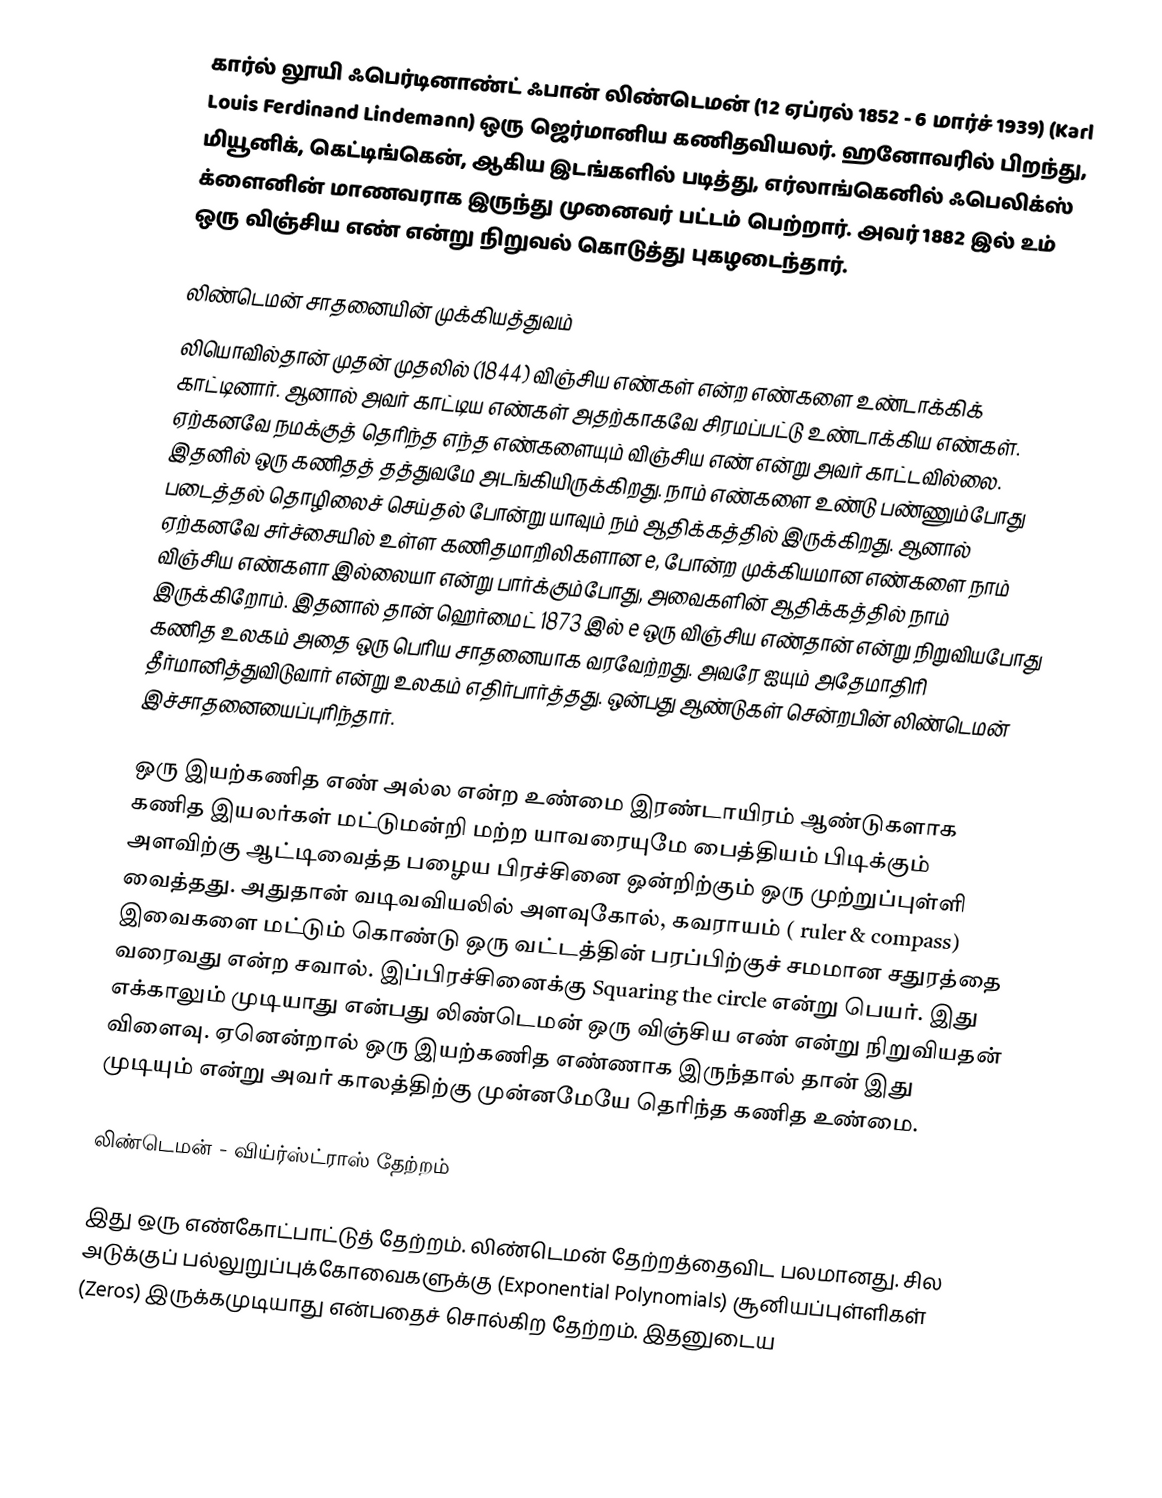
கார்ல் லூயி ஃபெர்டினாண்ட் ஃபான் லிண்டெமன் (12 ஏப்ரல் 1852 - 6 மார்ச் 1939) (Karl Louis Ferdinand Lindemann) ஒரு ஜெர்மானிய கணிதவியலர். ஹனோவரில் பிறந்து, மியூனிக், கெட்டிங்கென், ஆகிய இடங்களில் படித்து, எர்லாங்கெனில்  ஃபெலிக்ஸ் க்ளைனின் மாணவராக இருந்து  முனைவர் பட்டம் பெற்றார். அவர்  1882 இல் உம் ஒரு விஞ்சிய எண் என்று நிறுவல் கொடுத்து  புகழடைந்தார்.

லிண்டெமன் சாதனையின்  முக்கியத்துவம்
லியொவில்தான் முதன் முதலில் (1844) விஞ்சிய எண்கள் என்ற எண்களை உண்டாக்கிக் காட்டினார். ஆனால் அவர் காட்டிய எண்கள் அதற்காகவே சிரமப்பட்டு உண்டாக்கிய எண்கள். ஏற்கனவே நமக்குத் தெரிந்த எந்த எண்களையும்  விஞ்சிய எண் என்று அவர் காட்டவில்லை. இதனில் ஒரு கணிதத் தத்துவமே அடங்கியிருக்கிறது. நாம் எண்களை உண்டு பண்ணும்போது படைத்தல் தொழிலைச் செய்தல் போன்று யாவும் நம் ஆதிக்கத்தில் இருக்கிறது. ஆனால் ஏற்கனவே சர்ச்சையில் உள்ள கணிதமாறிலிகளான e,  போன்ற முக்கியமான எண்களை நாம் விஞ்சிய எண்களா இல்லையா என்று பார்க்கும்போது, அவைகளின் ஆதிக்கத்தில்  நாம் இருக்கிறோம். இதனால் தான் ஹெர்மைட் 1873 இல்  e ஒரு விஞ்சிய எண்தான் என்று நிறுவியபோது கணித உலகம் அதை ஒரு பெரிய சாதனையாக வரவேற்றது. அவரே  ஐயும் அதேமாதிரி தீர்மானித்துவிடுவார் என்று உலகம் எதிர்பார்த்தது. ஒன்பது ஆண்டுகள் சென்றபின் லிண்டெமன் இச்சாதனையைப்புரிந்தார்.

 ஒரு இயற்கணித எண் அல்ல என்ற உண்மை இரண்டாயிரம் ஆண்டுகளாக  கணித இயலர்கள் மட்டுமன்றி மற்ற யாவரையுமே பைத்தியம் பிடிக்கும் அளவிற்கு ஆட்டிவைத்த  பழைய பிரச்சினை ஒன்றிற்கும்  ஒரு முற்றுப்புள்ளி வைத்தது. அதுதான் வடிவவியலில் அளவுகோல், கவராயம் ( ruler & compass) இவைகளை மட்டும் கொண்டு ஒரு வட்டத்தின் பரப்பிற்குச் சமமான சதுரத்தை வரைவது என்ற சவால். இப்பிரச்சினைக்கு Squaring the circle என்று பெயர்.  இது எக்காலும் முடியாது என்பது லிண்டெமன்  ஒரு விஞ்சிய எண் என்று நிறுவியதன் விளைவு. ஏனென்றால்   ஒரு இயற்கணித எண்ணாக இருந்தால் தான் இது முடியும் என்று அவர் காலத்திற்கு முன்னமேயே  தெரிந்த கணித உண்மை.

லிண்டெமன் - விய்ர்ஸ்ட்ராஸ் தேற்றம்

இது ஒரு எண்கோட்பாட்டுத் தேற்றம். லிண்டெமன் தேற்றத்தைவிட பலமானது. சில அடுக்குப் பல்லுறுப்புக்கோவைகளுக்கு  (Exponential Polynomials) சூனியப்புள்ளிகள்  (Zeros) இருக்கமுடியாது என்பதைச் சொல்கிற தேற்றம். இதனுடைய